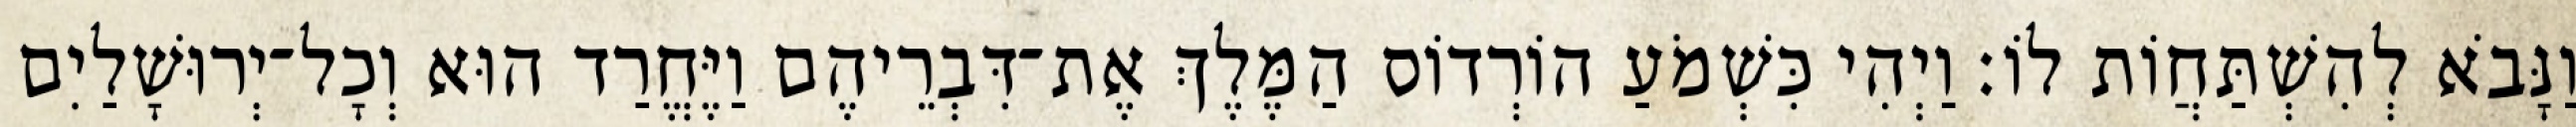
וַנָּבֹא לְהִשְׁתַּחֲוֹת לוֹ׃ וַיְהִי כִּשְׁמֹעַ הוֹרְדוֹס הַמֶּלֶךְ אֶת־דִּבְרֵיהֶם וַיֶּחֱרַד הוּא וְכָל־יְרוּשָׁלַיִם